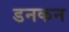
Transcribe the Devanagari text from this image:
डनकन